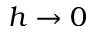
h \rightarrow 0